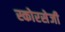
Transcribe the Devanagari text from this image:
स्कोरसेजी